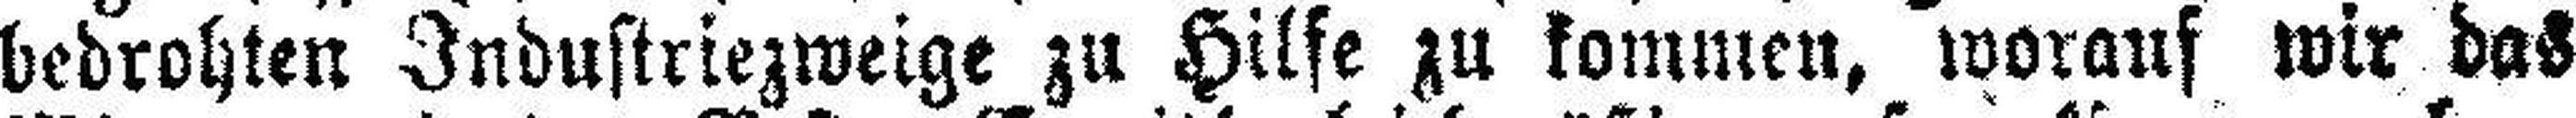
bedrohten Industriezweige zu Hilfe zu kommen, worauf wir das